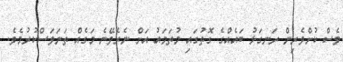
ވެސް ކުށްވެރިން ރަނގަޅު ބައެއްގެ ގޮތުގައި މުތަމައު އަށް ނެރެވޭނެ މަގެއް ތަނަވަސްކުރުމެވެ.